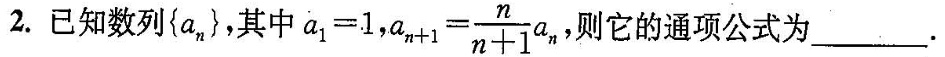
2.已知数列 \left \{ a_{n} \right \} ，其中$$a _ { 1 } = 1$$，$$a _ { n + 1 } = \frac { n } { n + 1 } a _ { n }$$ ，则它的通项公式为___.